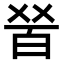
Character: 𤽠